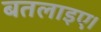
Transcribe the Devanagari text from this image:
बतलाइए।